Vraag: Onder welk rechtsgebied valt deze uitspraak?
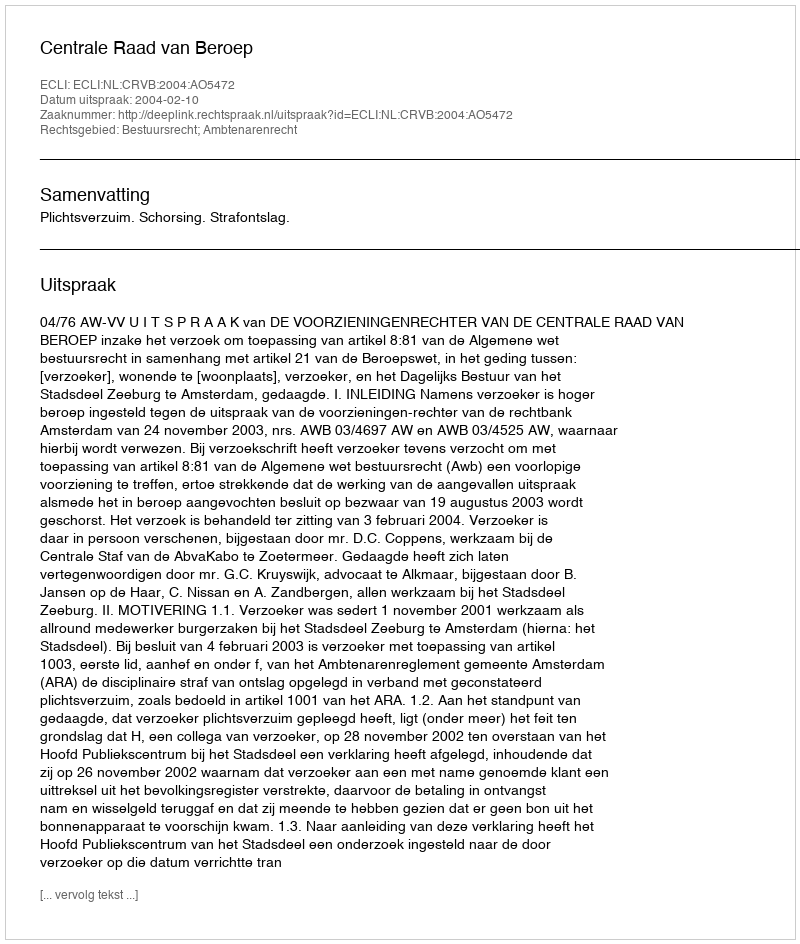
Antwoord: Bestuursrecht; Ambtenarenrecht